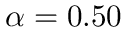
\alpha = 0 . 5 0